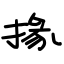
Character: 掾